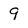
Character: 9